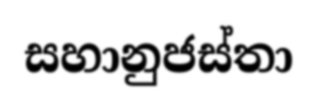
සහානුජස්තා